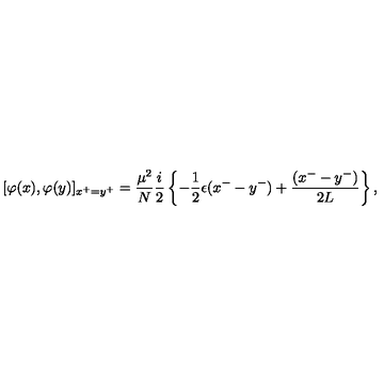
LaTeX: [ \varphi ( x ) , \varphi ( y ) ] _ { x ^ { + } = y ^ { + } } = \frac { \mu ^ { 2 } } { N } \frac { i } { 2 } \left\{ - \frac { 1 } { 2 } \epsilon ( x ^ { - } - y ^ { - } ) + \frac { ( x ^ { - } - y ^ { - } ) } { 2 L } \right\} ,